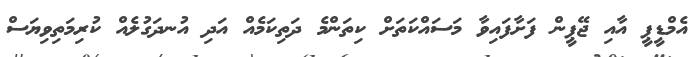
އެމްޑީޕީ އާއި ޖޭޕީން ފަށާފައިވާ މަސައްކަތަށް ކިތަންމެ ދަތިކަމެއް އަދި އުނދަގުލެއް ކުރިމަތިވިޔަސް